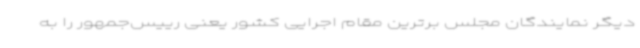
دیگر نمایندگان مجلس برترین مقام اجرایی کشور یعنی رییس‌جمهور را به